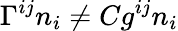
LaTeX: \Gamma^{ij}n_{i}\ne Cg^{ij}n_{i}